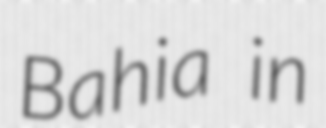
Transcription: Bahia in